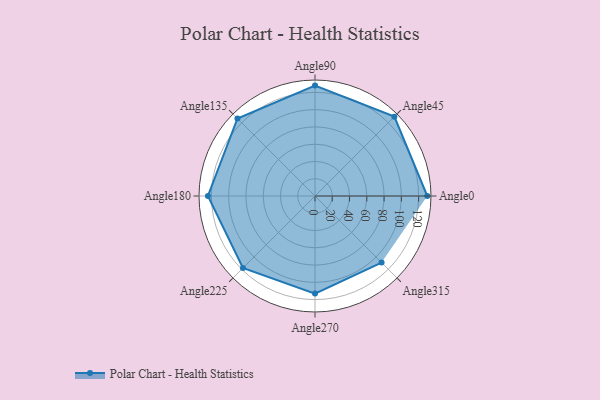
{"axis": {"x": "Angle", "y": "Radius"}, "legend": [""], "data": [{"x": "Angle0", "y": 130.0, "type": ""}, {"x": "Angle45", "y": 130.0, "type": ""}, {"x": "Angle90", "y": 128.0, "type": ""}, {"x": "Angle135", "y": 127.0, "type": ""}, {"x": "Angle180", "y": 124.0, "type": ""}, {"x": "Angle225", "y": 118.0, "type": ""}, {"x": "Angle270", "y": 113.0, "type": ""}, {"x": "Angle315", "y": 109.0, "type": ""}]}